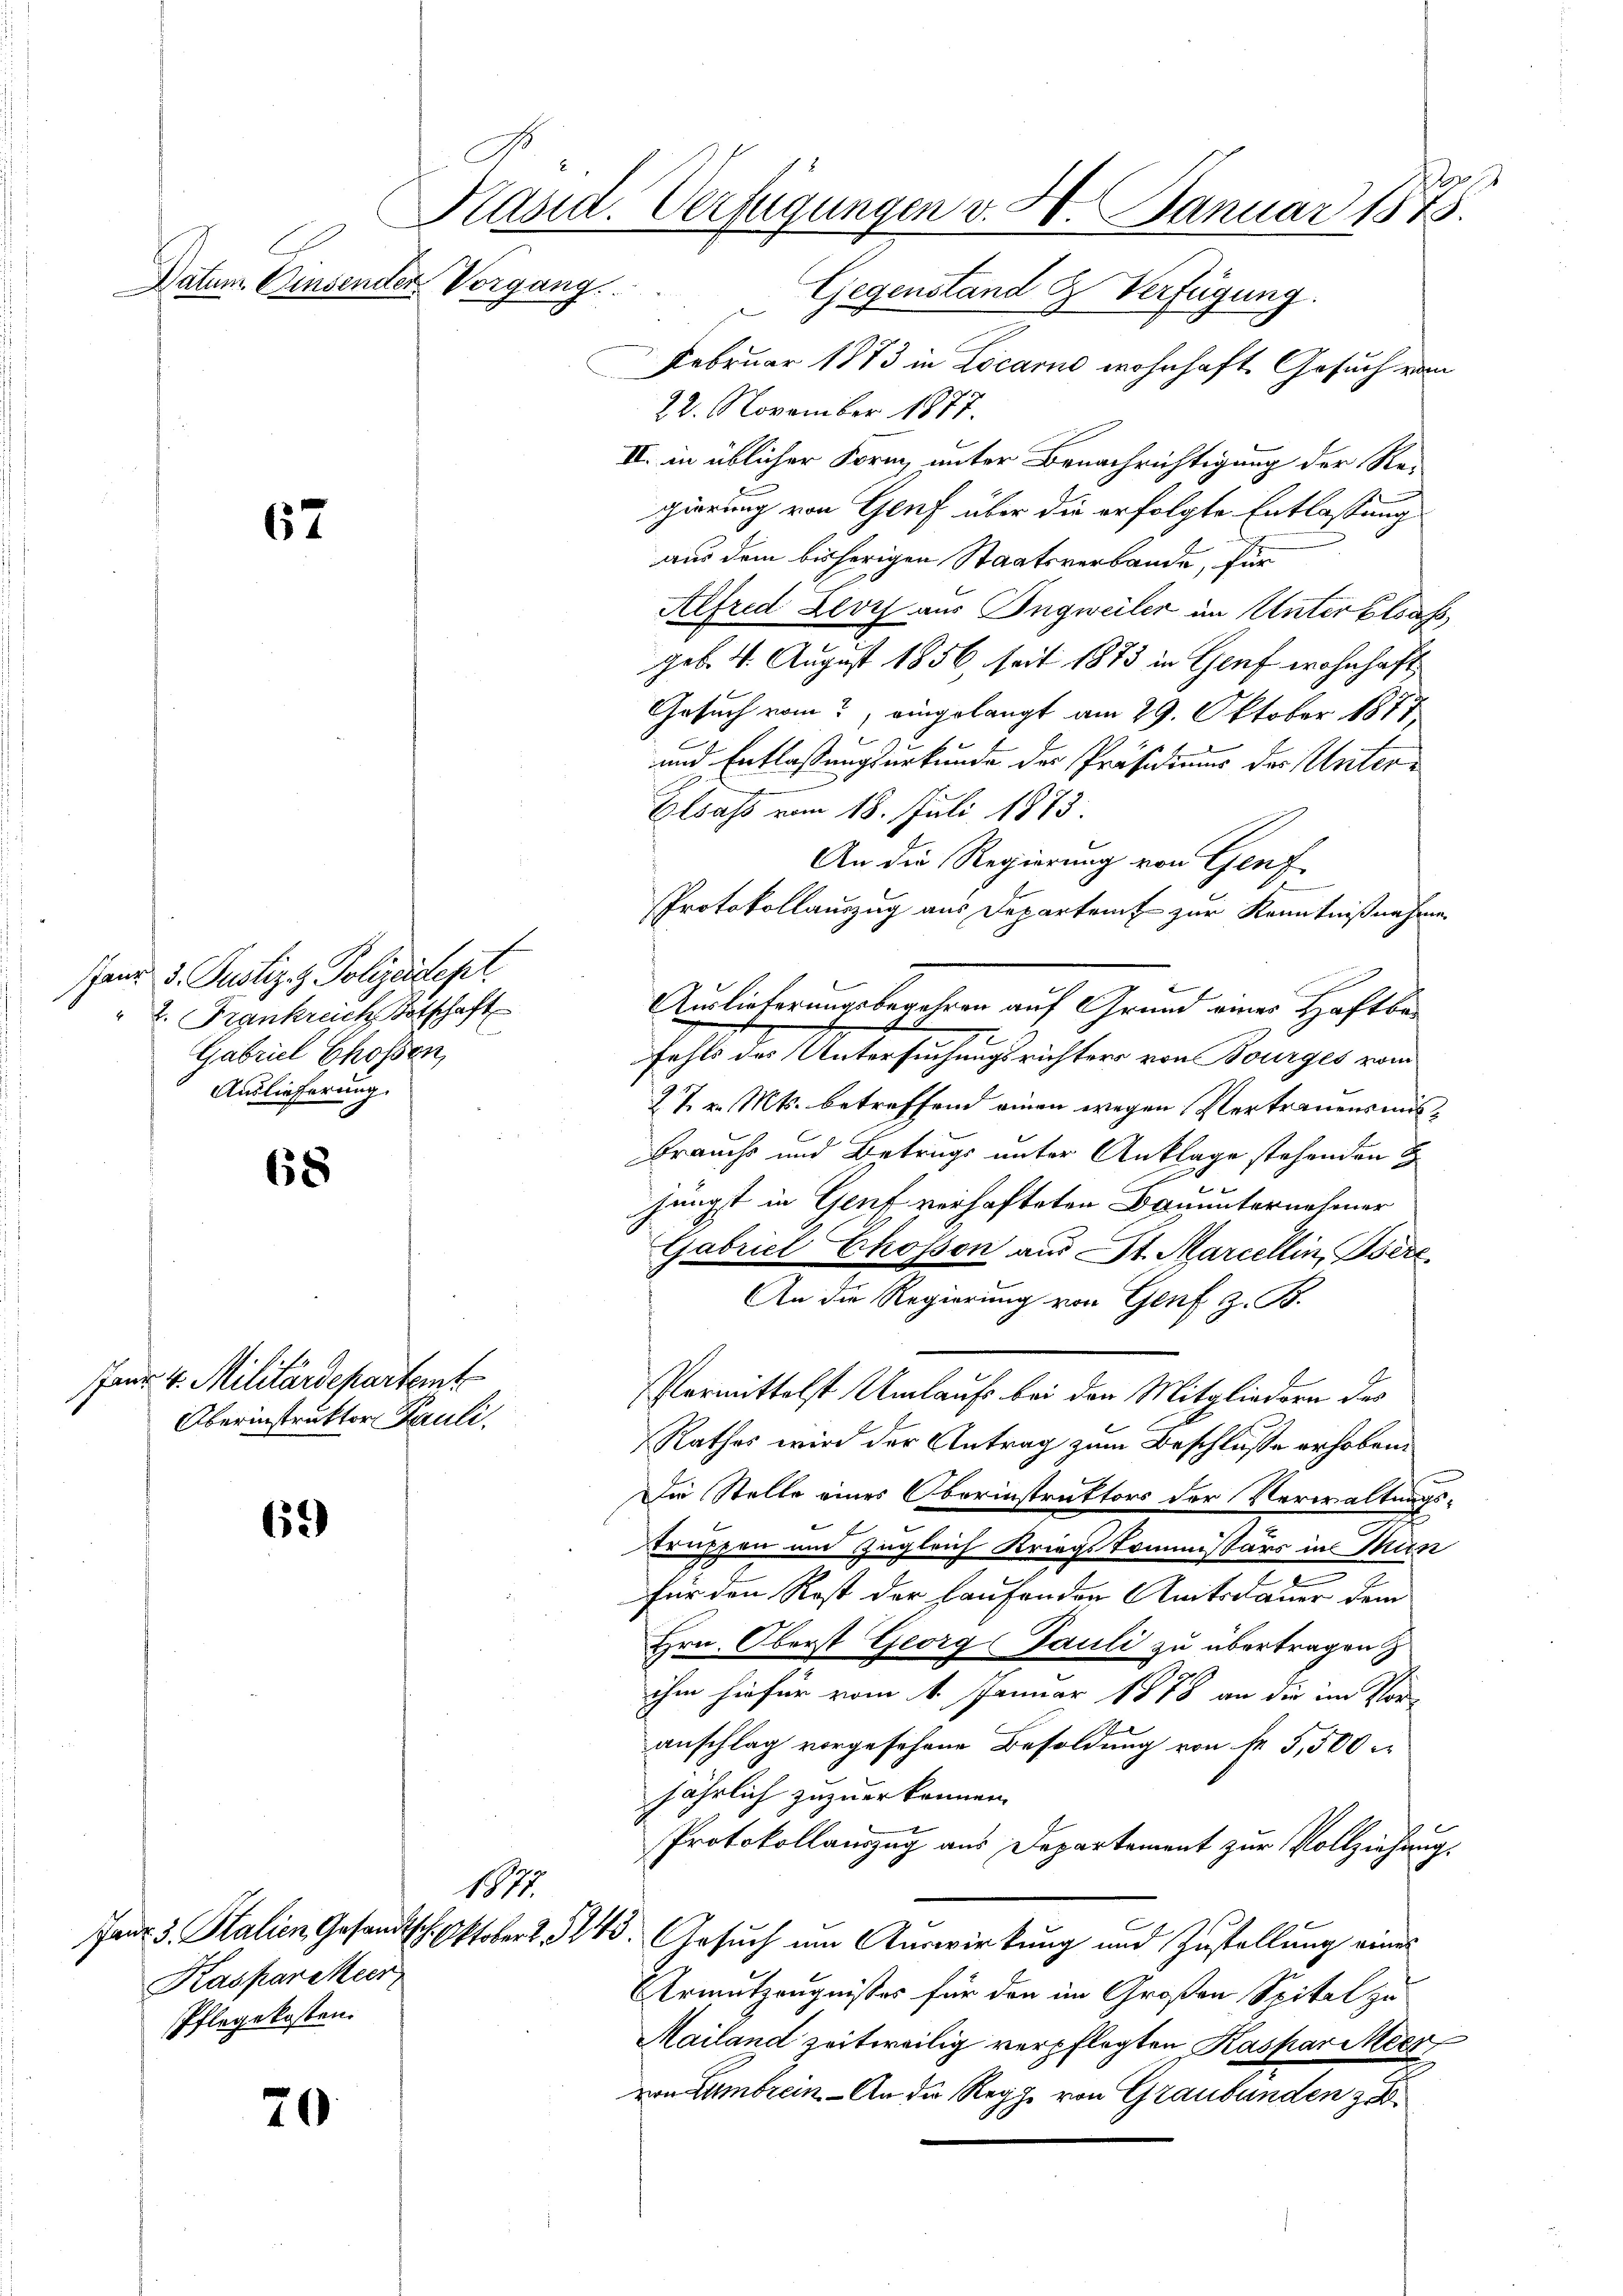
67

and. d. Justiz- & Polizeidept.
" 2. Frankreich, Botschaft
Gabriel Chossen,
Auslieferung.

68

6.)

20

floss
Päsid. Verfügungen v. 20. Januar 1875.
Datum. Einsender Vorgang
Gegenstand & Verfügung.
x

Janr. 4. Militärdepartemt
Oberinstruktor Pauli.

1877.
Kasparitier
Pflegekosten.

Februar 1873 in Locarno wohnhaft Gesuch vom
22. November 1877.
II. in üblicher Form, unter Benachrichtigung der Regierung von Genf über die erfolgte Entlassung
aus dem bisherigen Staatsverbande, für
Alfred Levis aus Ingweiler im Unter Elsass,
geb. 4. August 1856 seit 1873 in Genf wohnhaft
Gesuch vom eingelangt am 29. Oktober 1877
und Entlaßungsurkunde der Präsidiums der Unter¬
Elsass vom 18. Juli 1873.
An die Regierung von Genf
Protokollauszug aus Departent zur Kenntnißnahme
Auslieferungsbegehren auf Grund einer Haftbar
2
fehls des Untersuchungsrichters von Bourges vom
27. v. Mts. betreffend einen wegen Vertrauensmis¬
Brauchs und Betrugs unter Anklage stehenden E
jüngst in Genf verhafteten Bauunternehmer
Gabriel Chosson aus St. Mariellin, Bere
An die Regierung von Genf z. B.
Vermittelst Umlaufs bei der Mitgliedern des
Rathes wird der Antrag zum Beschlüsse erhoben.
Die Stelle eines Oberinstruktors der Verwaltungs-
truppen und zugleich Kriegskommissärs in Mun
für den Rost der Haufender Amtsdauer dem
Hrn. Oberst Georg Pauli zu übertragen
ihm hiefür vom 1. Januar 1878 an die im Vor-
anschlag vorgesehene Besoldung von fr 5,500
jährlich zuzuerkennen.
Protokollauszug aus Departement zur Vollziehung.
Janr. 3. Stalien Gesandtsch. Oktober 2. 545. Gesuch um Auswirkung und Zustellung eines
Ermutzeugnisses für den im Großen Spital zu
Mailand zeitweilig verpflegten Kaspar Meer
von Lambrein. - An die Reggi von Graubünden zu